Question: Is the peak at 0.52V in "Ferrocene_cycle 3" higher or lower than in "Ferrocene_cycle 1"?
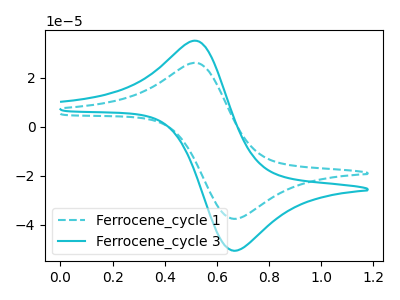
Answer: <think>The cyan dashed curve "Ferrocene_cycle 1" has an anodic peak at (0.50V, 26.05uA) and a cathodic peak at (0.65V, -37.65uA). The cyan curve "Ferrocene_cycle 3" has an anodic peak at (0.50V, 35.05uA) and a cathodic peak at (0.65V, -50.65uA).</think>
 <answer>The peak at 0.52V is higher in "Ferrocene_cycle 3" than in "Ferrocene_cycle 1".</answer>
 <eval>higher</eval>